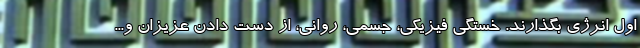
اول انرژی بگذارند. خستگی فیزیکی، جسمی، روانی، از دست دادن عزیزان و...